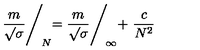
{ \frac { m } { \surd \sigma } } \Biggl / _ { \! N } = { \frac { m } { \surd \sigma } } \Biggl / _ { \! \infty } + \ { \frac { c } { N ^ { 2 } } }